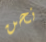
نحن